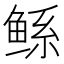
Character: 鲧